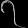
Digit: ၇